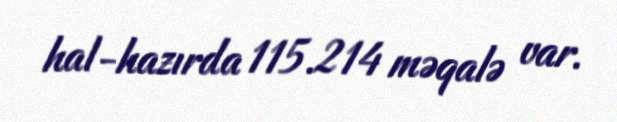
hal-hazırda 115.214 məqalə var.